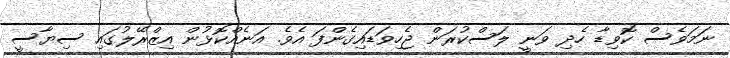
ނަމަވެސް ކޮވިޑާ ހެދި ވަނީ ލަސްކުރަން ޖެހިވަޑައިގެންފަ އެވެ. އަނެއްކޮޅުން އިޒްރޭލުގައި ސިޔާސީ